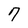
Character: 7